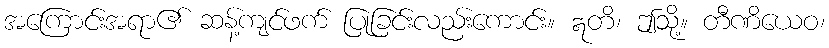
အကြောင်းအရာ၏ ဆန့်ကျင်ဖက် ပြုခြင်းလည်းကောင်း။ ဣတိ၊ ဤသို့။ တီဏိယေဝ၊